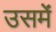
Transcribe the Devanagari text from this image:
उसमंे